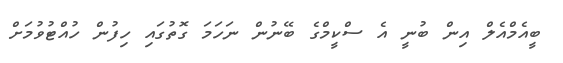
ބީއެމްއެލް އިން ބުނީ އެ ސްކީމްގެ ބޭނުން ނަހަމަ ގޮތުގައި ހިފުން ހުއްޓުވުމަށް